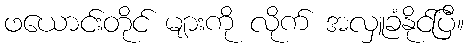
ဖယောင်းတိုင် များကို လိုက် အလှူခံနိုင်ပြီ။